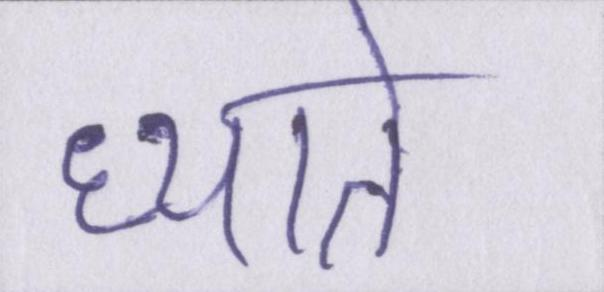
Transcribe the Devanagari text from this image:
ध्याते